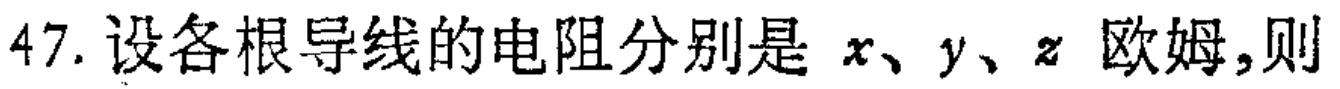
47. 设各根导线的电阻分别是 \(x、y、z\) 欧姆,则